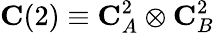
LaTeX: \mathbf{C}(2)\equiv\mathbf{C}_{A}^{2}\otimes\mathbf{C}_{B}^{2}